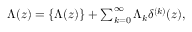
\begin{array} { r } { \Lambda ( z ) = \{ \Lambda ( z ) \} + \sum _ { k = 0 } ^ { \infty } \Lambda _ { k } \delta ^ { ( k ) } ( z ) , } \end{array}